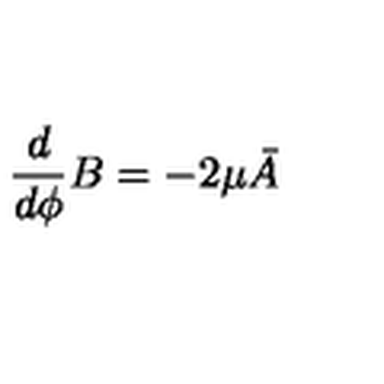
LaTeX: \frac { d } { d \phi } B = - 2 \mu \bar { A }